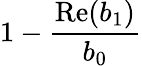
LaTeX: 1-\frac{\mathrm{Re}(b_{1})}{b_{0}}